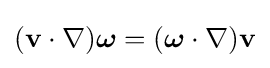
(\mathbf {v} \cdot \nabla ){\boldsymbol {\omega }}=({\boldsymbol {\omega }}\cdot \nabla )\mathbf {v}